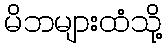
မိဘများထံသို့